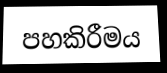
පහකිරීමය